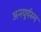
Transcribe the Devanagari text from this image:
अनयूर्यस्म